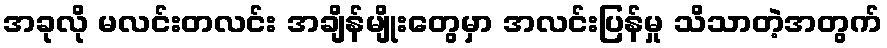
အခုလို မလင်းတလင်း အချိန်မျိုးတွေမှာ အလင်းပြန်မှု သိသာတဲ့အတွက်